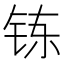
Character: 𮸀